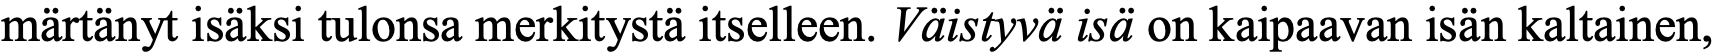
märtänyt isäksi tulonsa merkitystä itselleen. Väistyvä isä on kaipaavan isän kaltainen,